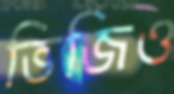
ভিজিও